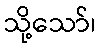
သို့သော်၊